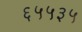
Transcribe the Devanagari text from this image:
६५५३५